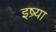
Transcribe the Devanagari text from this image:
इष्र्या